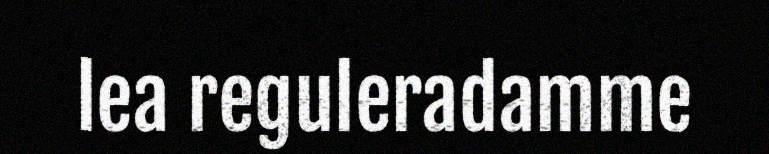
lea reguleradamme